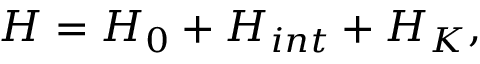
H = H _ { 0 } + H _ { i n t } + H _ { K } ,